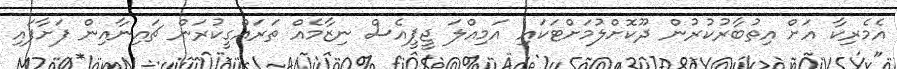
އެމެރިކާ އަށް އިތުބާރުކުރުން ދޫކޮށްލުމަށްޓަކައި އަމިއްލަ ޖީޕީއެސް ނިޒާމެއް ތަަރައްގީކުރަން ޗަައިނާއިން ފަށާފައި